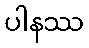
ပါနဿ